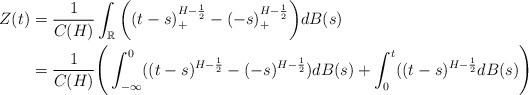
LaTeX: \begin{align*}Z(t) &= \frac{1}{C(H)} \int_{\mathbb{R}} \bigg((t - s)^{H - \frac{1}{2}}_+ - (-s)^{H- \frac{1}{2}}_+ \bigg) dB(s)\\&= \frac{1}{C(H)} \Bigg( \int^0_{- \infty} ((t - s)^{H - \frac{1}{2}} - (-s)^{H- \frac{1}{2}} ) dB(s) + \int^{t}_0 ((t - s)^{H - \frac{1}{2}}dB(s) \Bigg)\\\end{align*}